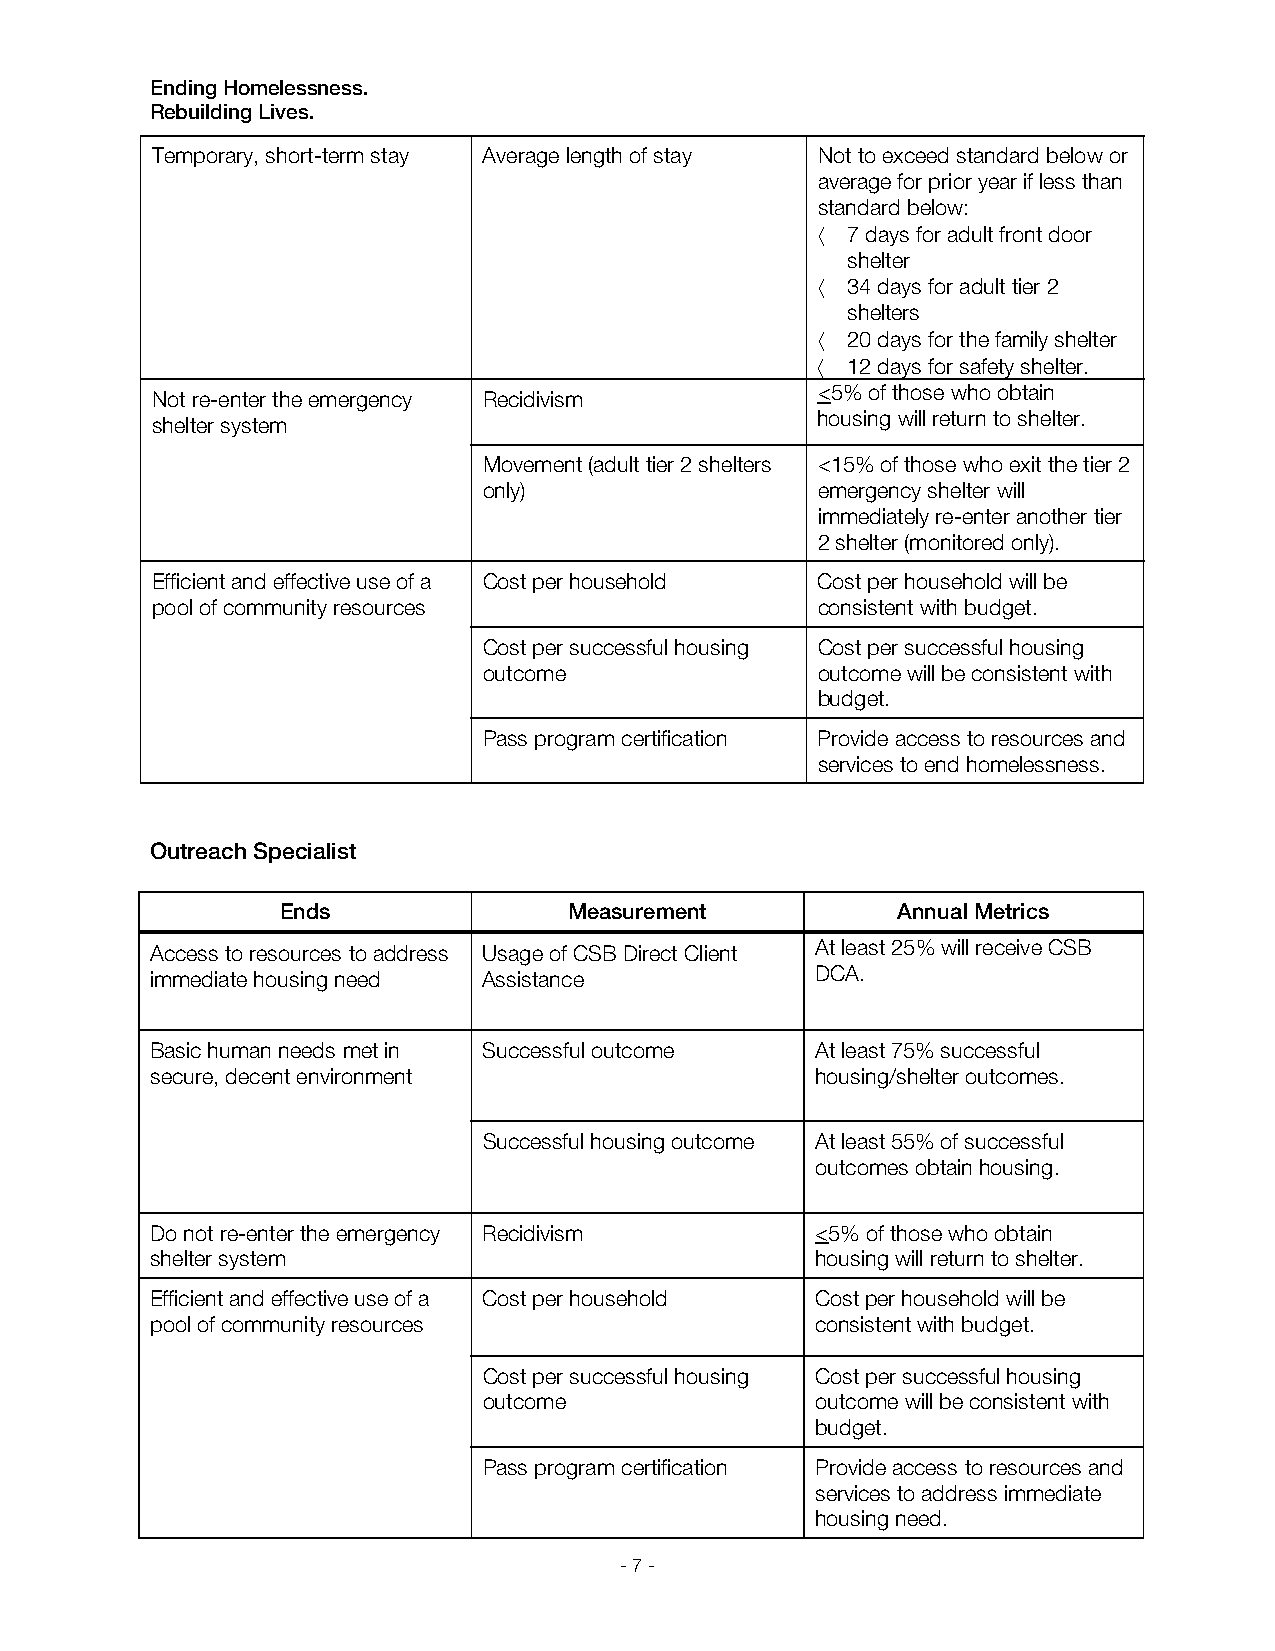
Ending Homelessness.
 Rebuilding Lives.
 Temporary, short-term stay Average length of stay Not to exceed standard below or
 average for prior year if less than
 standard below:
  7 days for adult front door
 shelter
  34 days for adult tier 2
 shelters
  20 days for the family shelter
  12 days for safety shelter.
 Not re-enter the emergency Recidivism       <5% of those who obtain
 housing will return to shelter.
 shelter system
 Movement (adult tier 2 shelters <15% of those who exit the tier 2
 only)                 emergency shelter will
 immediately re-enter another tier
 2 shelter (monitored only).
 Efficient and effective use of a Cost per household Cost per household will be
 pool of community resources                 consistent with budget.
 Cost per successful housing Cost per successful housing
 outcome               outcome will be consistent with
 budget.
 Pass program certification Provide access to resources and
 services to end homelessness.
 Outreach Specialist
 Ends               Measurement          Annual Metrics
 Access to resources to address Usage of CSB Direct Client At least 25% will receive CSB
 immediate housing need Assistance           DCA.
 Basic human needs met in Successful outcome At least 75% successful
 secure, decent environment                  housing/shelter outcomes.
 Successful housing outcome At least 55% of successful
 outcomes obtain housing.
 Do not re-enter the emergency Recidivism    <5% of those who obtain
 shelter system                              housing will return to shelter.
 Efficient and effective use of a Cost per household Cost per household will be
 pool of community resources                 consistent with budget.
 Cost per successful housing Cost per successful housing
 outcome               outcome will be consistent with
 budget.
 Pass program certification Provide access to resources and
 services to address immediate
 housing need.
 - 7 -